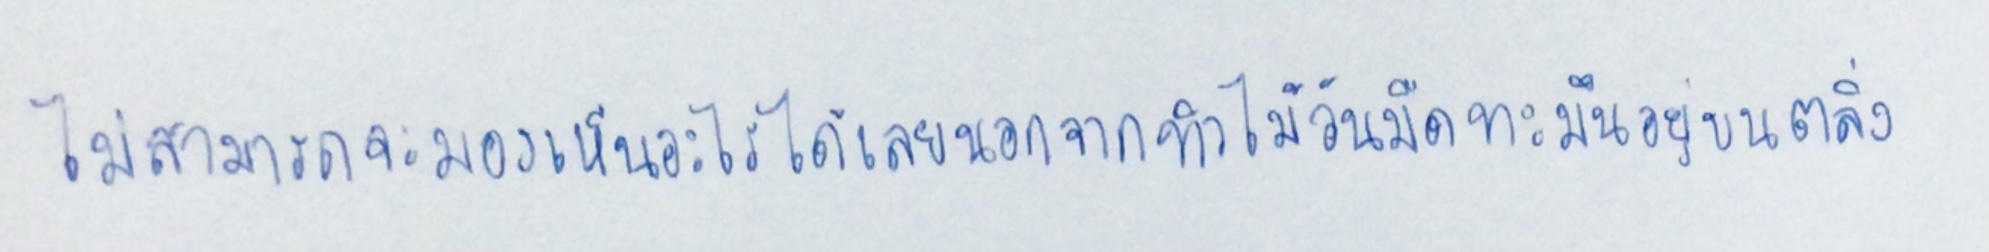
ไม่สามารถจะมองเห็นอะไรได้เลยนอกจากทิวไม้อันมืดทะมึนอยู่บนตลิ่ง